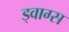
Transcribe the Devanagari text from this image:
ड्वाग्स